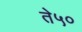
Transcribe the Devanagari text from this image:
ते५०